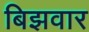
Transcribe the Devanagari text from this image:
बिझवार